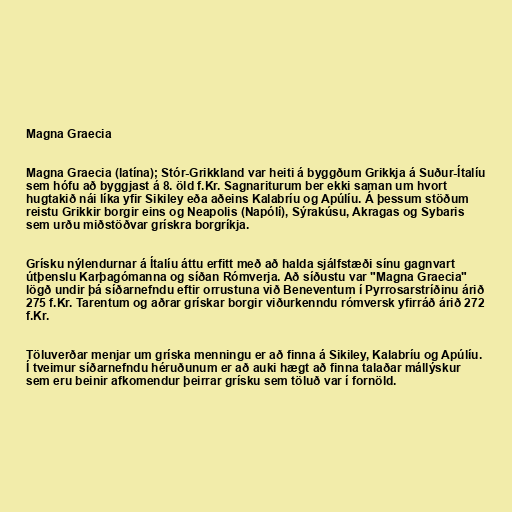
Magna Graecia

Magna Graecia (latína); Stór-Grikkland var heiti á byggðum Grikkja á Suður-Ítalíu
sem hófu að byggjast á 8. öld f.Kr. Sagnariturum ber ekki saman um hvort
hugtakið nái líka yfir Sikiley eða aðeins Kalabríu og Apúlíu. Á þessum stöðum
reistu Grikkir borgir eins og Neapolis (Napólí), Sýrakúsu, Akragas og Sybaris
sem urðu miðstöðvar grískra borgríkja.

Grísku nýlendurnar á Ítalíu áttu erfitt með að halda sjálfstæði sínu gagnvart
útþenslu Karþagómanna og síðan Rómverja. Að síðustu var "Magna Graecia"
lögð undir þá síðarnefndu eftir orrustuna við Beneventum í Pyrrosarstríðinu árið
275 f.Kr. Tarentum og aðrar grískar borgir viðurkenndu rómversk yfirráð árið 272
f.Kr.

Töluverðar menjar um gríska menningu er að finna á Sikiley, Kalabríu og Apúlíu.
Í tveimur síðarnefndu héruðunum er að auki hægt að finna talaðar mállýskur
sem eru beinir afkomendur þeirrar grísku sem töluð var í fornöld.